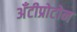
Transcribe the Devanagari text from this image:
अँटीप्रोटोन